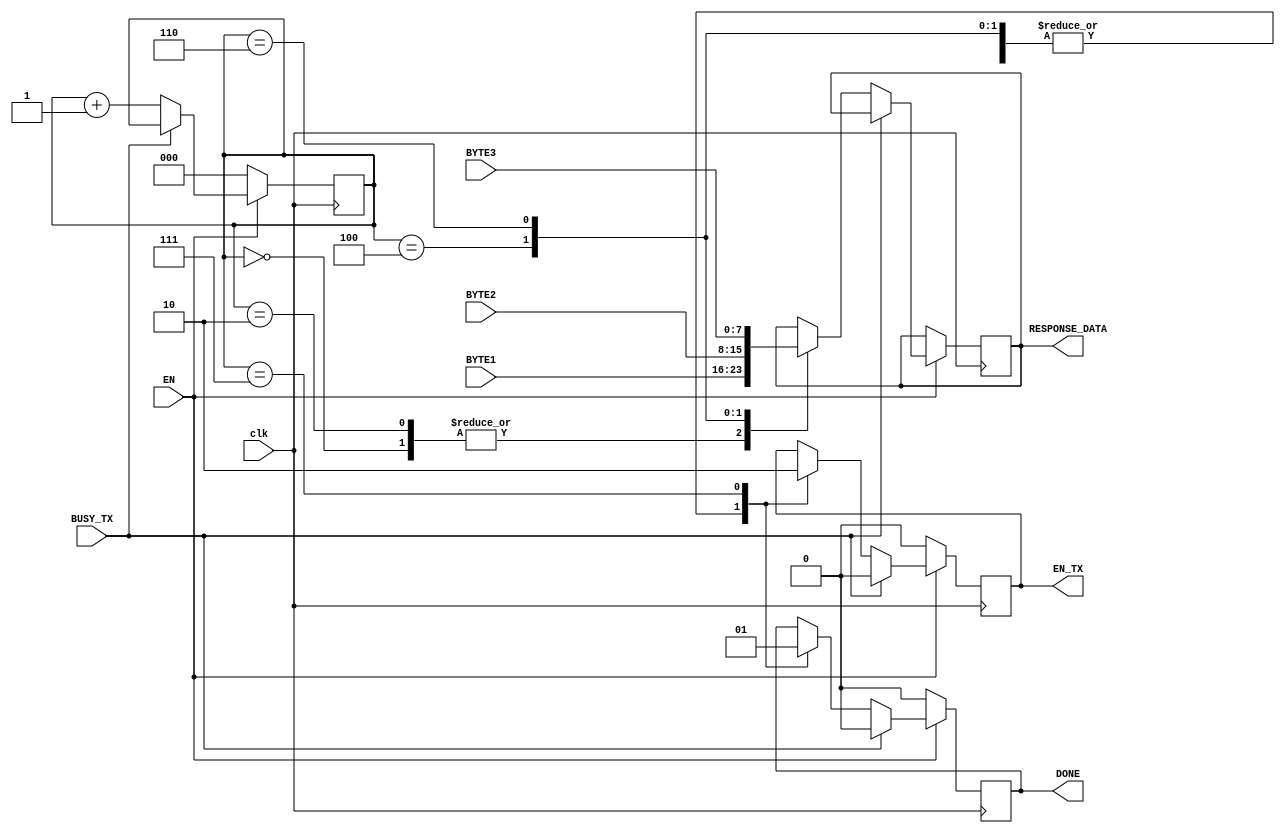
/* 
 * ----------------------------------------------------------------------
 * Modulo responsavel por enviar os bytes de resposta e de dados
 * para o dispositivo que os solicitou
 * ----------------------------------------------------------------------
 */

module send_pc( 
	input clk,
  	input EN, 
	input [7:0] BYTE1, // Byte de resposta
  	input [7:0] BYTE2, // Dados solicitados (poro inteira)
  	input [7:0] BYTE3, // Dados solicitados (poro fracionria)
  	input BUSY_TX, // Sinal de ocupado advindo do transmitter
  	output reg EN_TX,
  	output reg DONE,
  	output reg [7:0] RESPONSE_DATA
  	);
  
	reg [2:0] count;
	
	initial begin
		count <= 3'b000;
		RESPONSE_DATA <= 8'b11111111;
		DONE <= 0;
		EN_TX <= 0;
	end
	
	always @(posedge clk) begin: FSM
		/* Executa apenas quando em estado SEND em main_state_machine */
		if (EN) begin
		
			/* 
			 * Garante que os dados s iro para o transmitter se
			 * o mesmo no estiver ocupado enviando outro byte
			 */
			if (BUSY_TX) begin
				RESPONSE_DATA <= RESPONSE_DATA;
				EN_TX <= 0;
				DONE <= 0;
				count <= count;
			end
			else begin
				/* Envio dos 4 bytes de um em um */
				case (count) 
					3'b000: begin 
						RESPONSE_DATA <= BYTE1;
						EN_TX <= 1;
						DONE <= 0;
					end
					3'b010: begin
						RESPONSE_DATA <= BYTE1;
						EN_TX <= 1;
						DONE <= 0;
					end
					
					3'b100: begin
						RESPONSE_DATA <= BYTE2;
						EN_TX <= 1;
						DONE <= 0;
					end
					3'b110: begin
						RESPONSE_DATA <= BYTE3;
						EN_TX <= 1;
						DONE <= 0;
					end
					3'b111: begin
						RESPONSE_DATA <= RESPONSE_DATA;
						EN_TX <= 0; 
						DONE <= 1;
					end
				endcase
				
				count <= count + 1'b1;

			end
		end
		else begin
			RESPONSE_DATA <= RESPONSE_DATA;
			EN_TX <= 0;
			DONE <= 0;
			count <= 3'b000;
		end
	end

	
endmodule